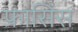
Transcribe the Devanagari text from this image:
फ्रासिंस